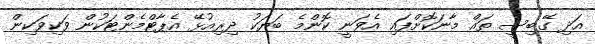
އަދި ގޭބިސީ ތައް މާނަކޮށްފައި އެވަނީ ކޮންމެ ބަޔަކު ދިރިއުޅޭ އެޕާޓްމެންޓަކުން ވަކިވަކިން